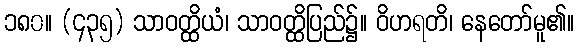
၁၈၀။ (၄၃၅) သာဝတ္ထိယံ၊ သာဝတ္ထိပြည်၌။ ဝိဟရတိ၊ နေတော်မူ၏။